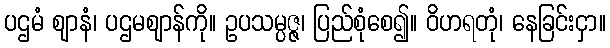
ပဌမံ ဈာနံ၊ ပဌမဈာန်ကို။ ဥပသမ္ပဇ္ဇ၊ ပြည်စုံစေ၍။ ဝိဟရတုံ၊ နေခြင်းငှာ။